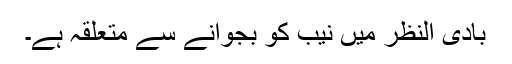
بادی النظر میں نیب کو بجوانے سے متعلقہ ہے۔